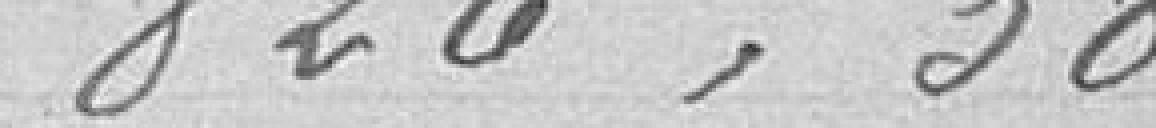
826,38